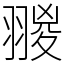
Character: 翪